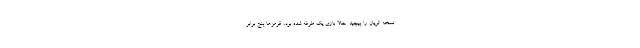
نسخه الریان را پیچید. حالا بازی یک طرفه شده بود، قرمزها پنج برابر